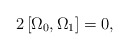
\begin{align*}2\left[ \Omega _{0},\Omega _{1}\right] =0, \end{align*}